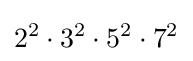
2^{2}\cdot 3^{2}\cdot 5^{2}\cdot 7^{2}